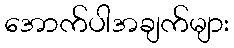
အောက်ပါအချက်များ